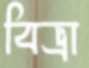
বিভ্রা